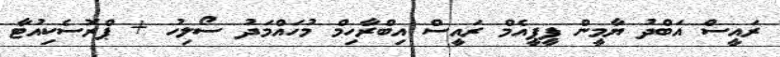
ރައީސް އަބްދު ޔާމީން ޕީޕީއެމް ރައީސް އިބްރާހިމް މުހައްމަދު ސޯލިހު + ޕްރޮސެކިއުޓާ